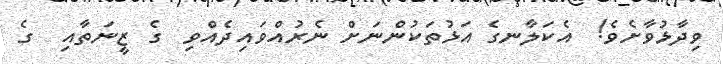
ވިދާޅުވާށެވެ!  އެކަލާނގެ އަޅުތަކުންނަށް ނެރުއްވައިދެއްވި  ގެ ޒީނަތާއި  ގެ